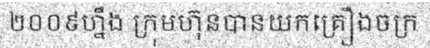
២០០៩ហ្នឹង ក្រុមហ៊ុនបានយកគ្រឿងចក្រ